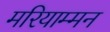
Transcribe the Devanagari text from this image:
मरियाम्मन